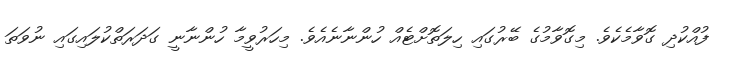
ފުއްކުދި ގޮވާމެކެވެ. މިގޮވާމުގެ ބޭރުގައި ހިލަތޮށްޓެއް ހުންނާނެއެވެ. މިހަރުވީމާ ހުންނާނީ ގަދަރަތްކުލައިގައި ނުވަތަ